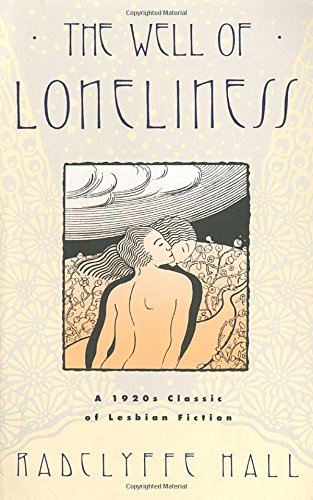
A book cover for The Well of Loneliness; Radclyffe Hall; Literature & Fiction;